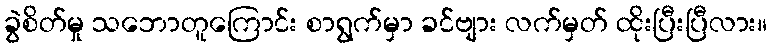
ခွဲစိတ်မှု သဘောတူကြောင်း စာရွက်မှာ ခင်ဗျား လက်မှတ် ထိုးပြီးပြီလား။